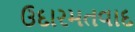
ઉદારમતવાદ